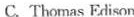
c. Thomas Fri son